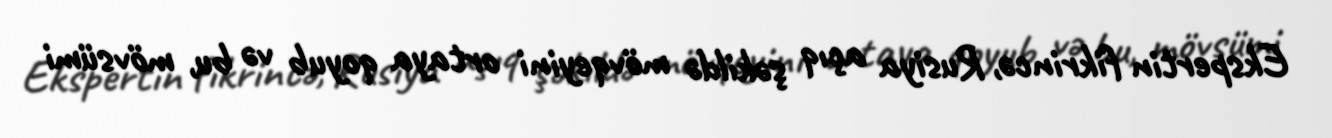
Ekspertin fikrincə, Rusiya açıq şəkildə mövqeyini ortaya qoyub və bu, mövsümi